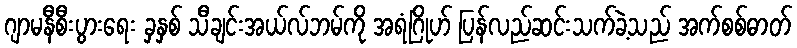
ဂျာမနီစီးပွားရေး ခှနှစ် သီချင်းအယ်လ်ဘမ်ကို အရံဂြိုဟ် ပြန်လည်ဆင်းသက်ခဲ့သည် အက်စစ်ဓာတ်